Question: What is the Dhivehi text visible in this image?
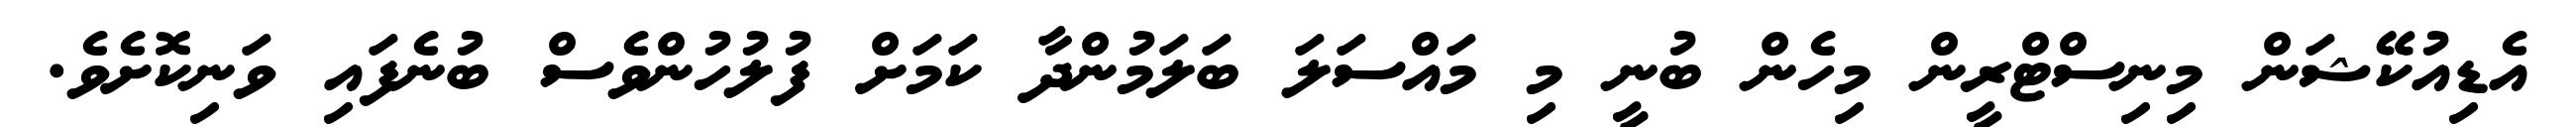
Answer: އެޑިއުކޭޝަން މިނިސްޓްރީން މިހެން ބުނީ މި މައްސަލަ ބަލަމުންދާ ކަމަށް ފުލުހުންވެސް ބުނެފައި ވަނިކޮށެވެ.